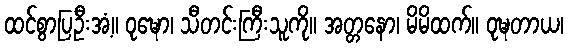
ထင်စွာပြဦးအံ့။ ဝုဍ္ဎော၊ သီတင်းကြီးသူကို။ အတ္တနော၊ မိမိထက်။ ဝုဍ္ဎတာယ၊